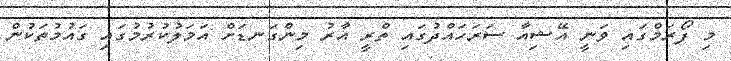
މި ފޯރަމްގައި ވަނީ އޭޝިއާ ސަރަހައްދުގައި ތްރީ އާރު މިންގަނޑަށް އަމަލުކުރުމުގައި ގައުމުތަކުން